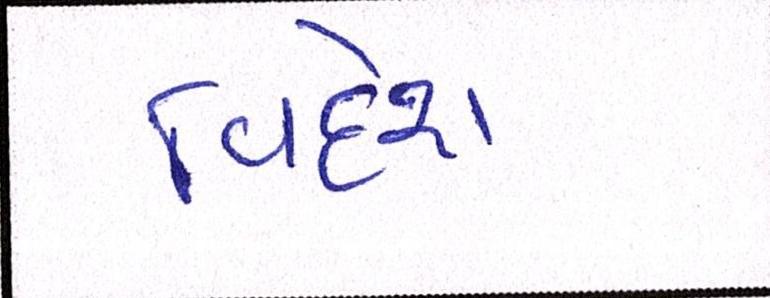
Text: વિદેશ